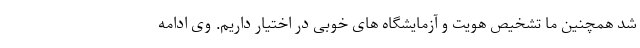
شد همچنین ما تشخیص هویت و آزمایشگاه های خوبی در اختیار داریم. وی ادامه